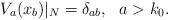
LaTeX: \begin{align*} V_a(x_b)|_N=\delta_{ab},\ \ a>k_0. \end{align*}